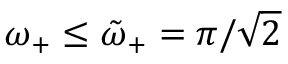
\omega _ { + } \leq \tilde { \omega } _ { + } = \pi / \sqrt { 2 }